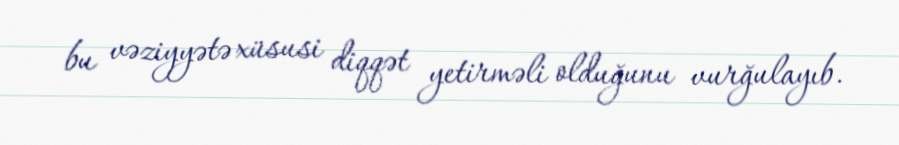
bu vəziyyətə xüsusi diqqət yetirməli olduğunu vurğulayıb.